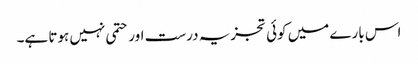
اس بارے میں کوئی تجزیہ درست اور حتمی نہیں ہوتا ہے۔